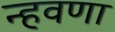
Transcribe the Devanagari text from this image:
न्हवणा